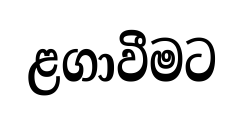
ළගාවීමට